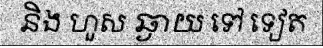
និង ហួស ឆ្ងាយ ទៅ ទៀត